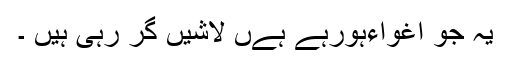
یہ جو اغواءہورہے ہےں لاشیں گر رہی ہیں ۔